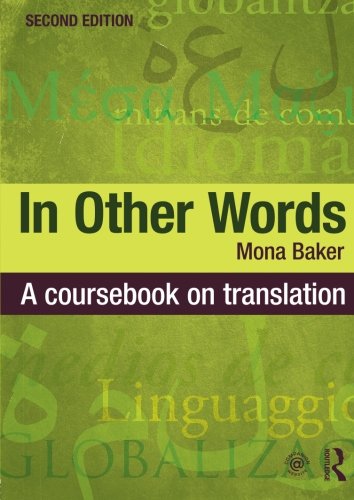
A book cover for In Other Words: A Coursebook on Translation; Mona Baker; Reference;